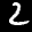
Label: 2